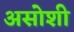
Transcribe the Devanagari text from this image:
असोशी